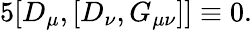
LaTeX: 5[D_{\mu},[D_{\nu},G_{\mu\nu}]]\equiv 0.